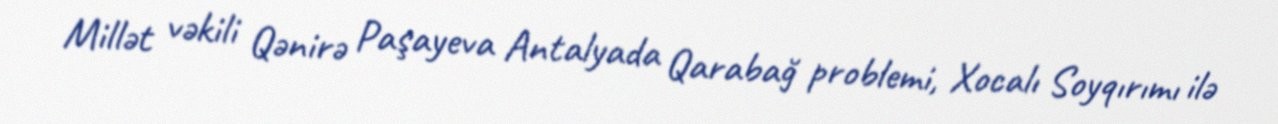
Millət vəkili Qənirə Paşayeva Antalyada Qarabağ problemi, Xocalı Soyqırımı ilə